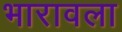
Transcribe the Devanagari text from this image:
भारावला